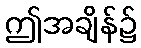
ဤအချိန်၌